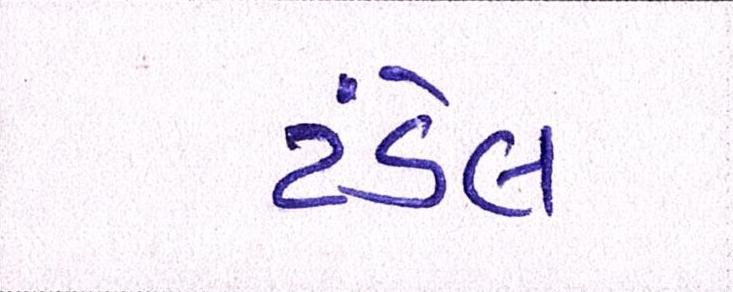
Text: ટંડેલ